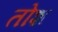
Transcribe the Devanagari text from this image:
तोश